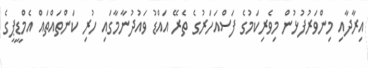
އިރާދާއި މިންވަރުފުޅުން މިވެރިކަމުގެ ފަސްއަހަރުގެ ތެރޭ އައްޑު ވައުދުނާމާގައި ހުރި ކަންތައްތައް އެމްޑީޕީގެ